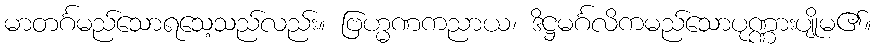
မာတင်္ဂမည်သောရသေ့သည်လည်း။ ဗြဟ္မဏကညာယ၊ ဒိဋ္ဌမင်္ဂလိကမည်သောပုဏ္ဏားပျိုမ၏။